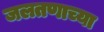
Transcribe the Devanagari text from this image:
जलतणाच्या